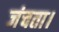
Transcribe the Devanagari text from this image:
जंचता।